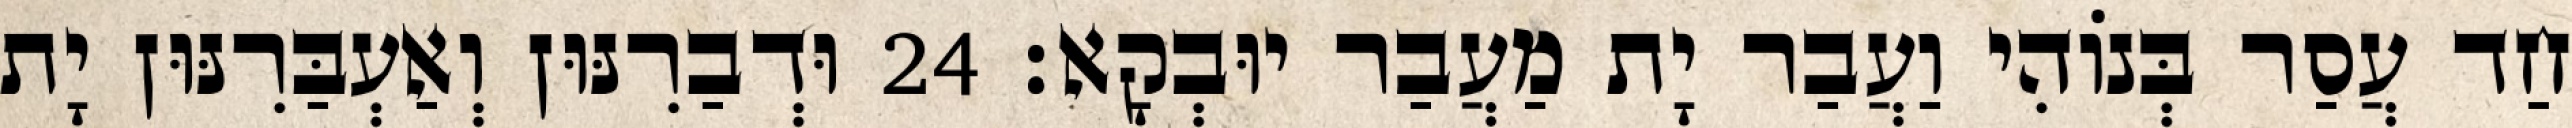
חַד עֲסַר בְּנוֹהִי וַעֲבַר יָת מַעֲבַר יוּבְקָא׃ 24 וּדְבַרִנּוּן וְאַעְבַּרִנּוּן יָת